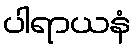
ပါရာယနံ